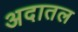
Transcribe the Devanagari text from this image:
अदातल